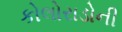
કોલોરાડોની